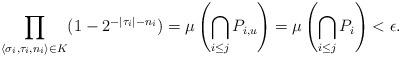
LaTeX: \begin{align*}\prod_{\langle \sigma_i, \tau_i, n_i \rangle \in K} (1 - 2^{-|\tau_i|-n_i}) = \mu\left(\bigcap_{i \leq j} P_{i,u}\right) = \mu\left(\bigcap_{i \leq j} P_i\right)< \epsilon.\end{align*}